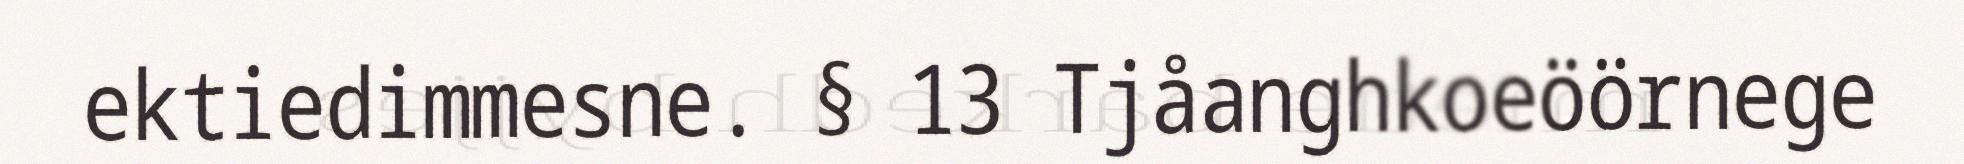
ektiedimmesne. § 13 Tjåanghkoeöörnege